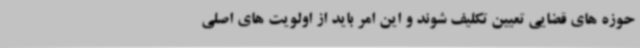
حوزه های قضایی تعیین تکلیف شوند و این امر باید از اولویت های اصلی